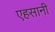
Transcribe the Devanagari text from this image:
एहसानी